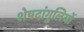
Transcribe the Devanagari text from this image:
शेषदांगुलियों